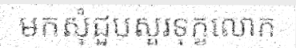
មកសុំជួបសួរទុក្ខលោក